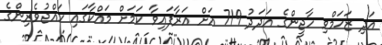
އަދި ޒަޚަމްވި ހާޖީންގެ އަދަދު 719 އަށް އަރާފައިވާ ކަމަށް މައްކާގައި ހައްޖުވެރިންގެ